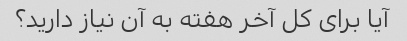
آیا برای کل آخر هفته به آن نیاز دارید؟